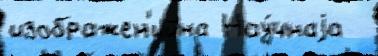
изображен'ийна Нау́чнаjа